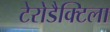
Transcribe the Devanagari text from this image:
टेरोडैक्टिला